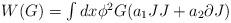
LaTeX: \begin{align*}\begin{array}{l}W(G)=\int dx\phi^{2}G(a_{1}JJ +a_{2}\partial J)\end{array}\end{align*}